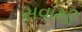
સવાથી